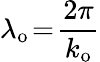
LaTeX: \lambda_{\mathrm{o}}\! =\! \frac{2\pi}{k_{\mathrm{o}}}